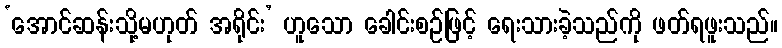
‘အောင်ဆန်းသို့မဟုတ် အရိုင်း’ ဟူသော ခေါင်းစဉ်ဖြင့် ရေးသားခဲ့သည်ကို ဖတ်ရဖူးသည်။